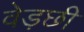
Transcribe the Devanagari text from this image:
वेड़छी